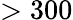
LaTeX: >300